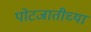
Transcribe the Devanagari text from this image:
पोटजातीच्या